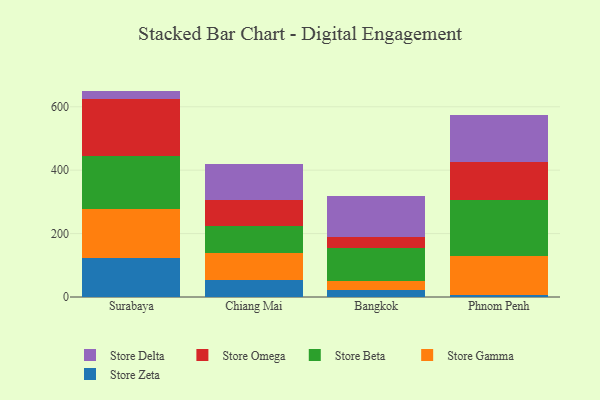
{"axis": {"x": "City", "y": "Headcount"}, "legend": ["Store Beta", "Store Delta", "Store Gamma", "Store Omega", "Store Zeta"], "data": [{"x": "Surabaya", "y": 121.5, "type": "Store Zeta"}, {"x": "Surabaya", "y": 157.0, "type": "Store Gamma"}, {"x": "Surabaya", "y": 167.1, "type": "Store Beta"}, {"x": "Surabaya", "y": 178.5, "type": "Store Omega"}, {"x": "Surabaya", "y": 26.1, "type": "Store Delta"}, {"x": "Chiang Mai", "y": 52.2, "type": "Store Zeta"}, {"x": "Chiang Mai", "y": 87.9, "type": "Store Gamma"}, {"x": "Chiang Mai", "y": 83.3, "type": "Store Beta"}, {"x": "Chiang Mai", "y": 82.6, "type": "Store Omega"}, {"x": "Chiang Mai", "y": 114.8, "type": "Store Delta"}, {"x": "Bangkok", "y": 20.8, "type": "Store Zeta"}, {"x": "Bangkok", "y": 28.3, "type": "Store Gamma"}, {"x": "Bangkok", "y": 104.2, "type": "Store Beta"}, {"x": "Bangkok", "y": 34.7, "type": "Store Omega"}, {"x": "Bangkok", "y": 130.2, "type": "Store Delta"}, {"x": "Phnom Penh", "y": 7.3, "type": "Store Zeta"}, {"x": "Phnom Penh", "y": 122.8, "type": "Store Gamma"}, {"x": "Phnom Penh", "y": 175.8, "type": "Store Beta"}, {"x": "Phnom Penh", "y": 120.5, "type": "Store Omega"}, {"x": "Phnom Penh", "y": 146.5, "type": "Store Delta"}]}